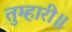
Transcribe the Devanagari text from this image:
तुम्हारी॥